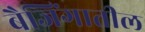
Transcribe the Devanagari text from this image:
बैजिंगातील